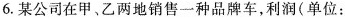
6.某公司在甲、乙两地销售一种品牌车，利润(单位：